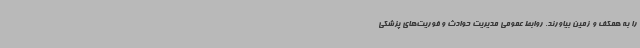
را به همکف و زمین بیاورند. روابط عمومی مدیریت حوادث و فوریت‌های پزشکی